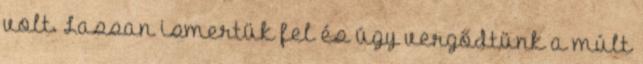
volt. Lassan ismertük fel és úgy vergődtünk a múlt